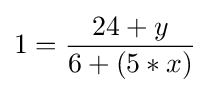
1={\frac {24+y}{6+(5*x)}}